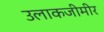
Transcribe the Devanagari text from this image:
उलाकजीमीर